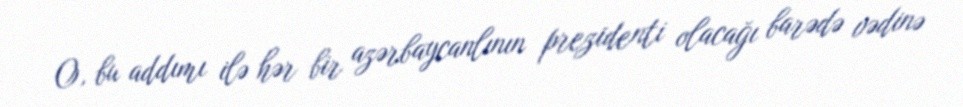
O, bu addımı ilə hər bir azərbaycanlının prezidenti olacağı barədə vədinə